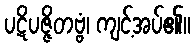
ပဋိပဇ္ဇိတဗ္ဗံ၊ ကျင့်အပ်၏။